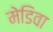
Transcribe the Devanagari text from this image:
मेडिवा